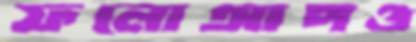
ফলোআপও